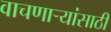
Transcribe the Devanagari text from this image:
वाचणाऱ्यांसाठी